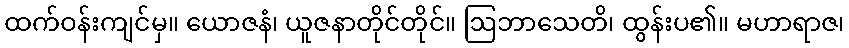
ထက်ဝန်းကျင်မှ။ ယောဇနံ၊ ယူဇနာတိုင်တိုင်။ ဩဘာသေတိ၊ ထွန်းပ၏။ မဟာရာဇ၊